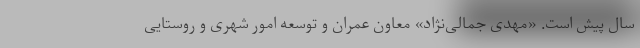
سال پیش است. «مهدی جمالی‌نژاد» معاون عمران و توسعه امور شهری و روستایی